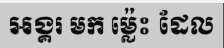
អង្គរ មក ម្ល៉េះ ដែល